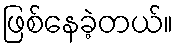
ဖြစ်နေခဲ့တယ်။